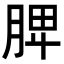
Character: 𦜉